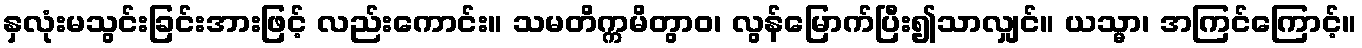
နှလုံးမသွင်းခြင်းအားဖြင့် လည်းကောင်း။ သမတိက္ကမိတွာဝ၊ လွန်မြောက်ပြီး၍သာလျှင်။ ယသ္မာ၊ အကြင်ကြောင့်။